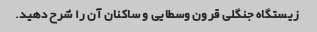
زیستگاه جنگلی قرون وسطایی و ساکنان آن را شرح دهید.